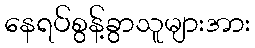
နေရပ်စွန့်ခွာသူများအား